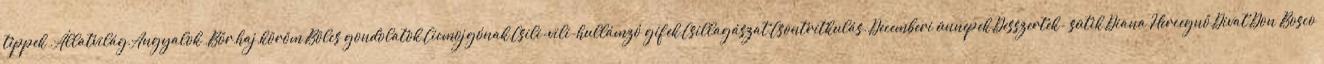
tippek ,Állatvilág,Angyalok ,Bőr,haj,köröm,Bölcs gondolatok,Cicmojgónak,Csili-vili-hullámzó gifek,Csillagászat,Csontritkulás.,Decemberi ünnepek,Desszertek- sütik,Diana Hercegnő,Divat,Don Bosco